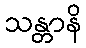
သန္တာနိ